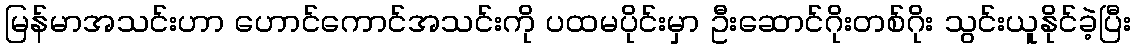
မြန်မာအသင်းဟာ ဟောင်ကောင်အသင်းကို ပထမပိုင်းမှာ ဦးဆောင်ဂိုးတစ်ဂိုး သွင်းယူနိုင်ခဲ့ပြီး